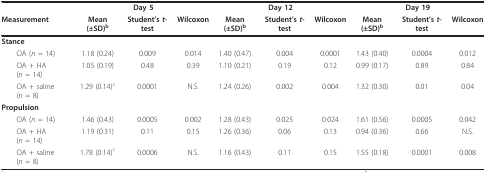
|  | <COLSPAN=3> Day 5 | <COLSPAN=3> Day 12 | <COLSPAN=3> Day 19 |
 | Measurement | Mean (±SD)b | Student's t-test | Wilcoxon | Mean (±SD)b | Student's t-test | Wilcoxon | Mean (±SD)b | Student's t-test | Wilcoxon |
 | --- | --- | --- | --- | --- | --- | --- | --- | --- | --- |
 | Stance |  |  |  |  |  |  |  |  |  |
 | OA (n = 14) | 1.18 (0.24) | 0.009 | 0.014 | 1.40 (0.47) | 0.004 | 0.0001 | 1.43 (0.40) | 0.0004 | 0.012 |
 | OA + HA (n = 14) | 1.05 (0.19) | 0.48 | 0.39 | 1.10 (0.21) | 0.19 | 0.12 | 0.99 (0.17) | 0.89 | 0.84 |
 | OA + saline (n = 8) | 1.29 (0.14)c | 0.0001 | N.S. | 1.24 (0.26) | 0.002 | 0.004 | 1.32 (0.30) | 0.01 | 0.04 |
 | Propulsion |  |  |  |  |  |  |  |  |  |
 | OA (n = 14) | 1.46 (0.43) | 0.0005 | 0.002 | 1.28 (0.43) | 0.025 | 0.024 | 1.61 (0.56) | 0.0005 | 0.042 |
 | OA + HA (n = 14) | 1.19 (0.31) | 0.11 | 0.15 | 1.26 (0.36) | 0.06 | 0.13 | 0.94 (0.36) | 0.66 | N.S. |
 | OA + saline (n = 8) | 1.78 (0.14)c | 0.0006 | N.S. | 1.16 (0.43) | 0.11 | 0.15 | 1.55 (0.18) | 0.0001 | 0.008 |